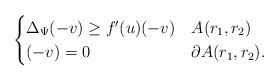
LaTeX: \begin{align*}\begin{cases} \Delta_\Psi (-v) \geq f'(u) (-v) & A(r_{1},r_{2})\\ (-v) = 0 & \partial A(r_{1},r_{2}).\end{cases}\end{align*}